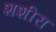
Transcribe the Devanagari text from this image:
शशीरा